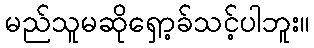
မည်သူမဆိုရှော့ခ်သင့်ပါဘူး။